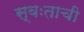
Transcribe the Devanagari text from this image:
स्वःताची